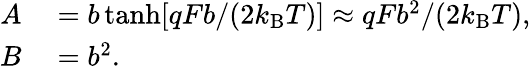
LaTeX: \begin{array}{rl}{A}&{{}=b\operatorname{tanh}[qFb/(2k_{\mathrm{B}}T)]\approx qFb^{2}/(2k_{\mathrm{B}}T),}\\ {B}&{{}=b^{2}.}\end{array}